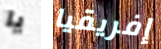
يا إفريقيا